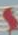
(